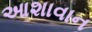
આશાવાન